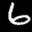
Label: 6